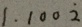
1 . 1 0 0 \dot { 2 }